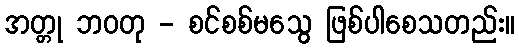
အတ္တု ဘဝတု - စင်စစ်မသွေ ဖြစ်ပါစေသတည်း။